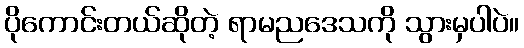
ပိုကောင်းတယ်ဆိုတဲ့ ရာမညဒေသကို သွားမှပါပဲ။